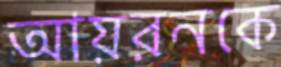
আয়রনকে